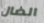
الضال